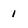
Character: 1